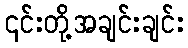
၎င်းတို့အချင်းချင်း